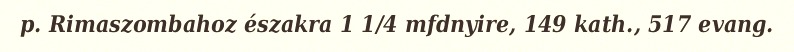
p. Rimaszombahoz északra 1 1/4 mfdnyire, 149 kath., 517 evang.